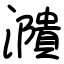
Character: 濻